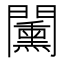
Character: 𨷔